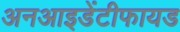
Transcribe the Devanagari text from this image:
अनआइडेंटीफायड